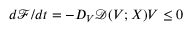
d { \mathcal { F } } / d t = - D _ { V } \mathcal { D } ( V ; X ) V \le 0